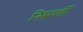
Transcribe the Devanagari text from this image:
निम्नवर्ती